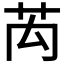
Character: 𮎤